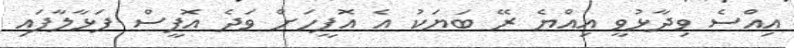
އިއްސެ ވިދާޅުވީ އިއްޔެ ރޭ ބަޔަކު އެ އޮފީހަށް ވަދެ އޮފީސް ފަޅާލާފައި